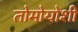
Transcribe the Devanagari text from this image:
तोमोयोशी